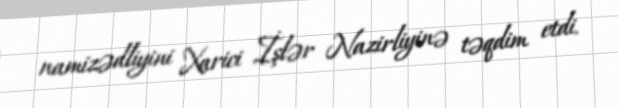
namizədliyini Xarici İşlər Nazirliyinə təqdim etdi.